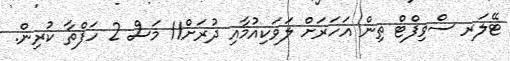
ޓޭލަރ ސްވިފްޓް ތިން އަހަރަށް ލަވަކިއުމާއި ދުރަށް11 މަސް 2 ހަފްތާ ކުރިން.